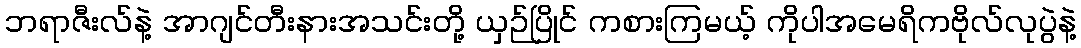
ဘရာဇီးလ်နဲ့ အာဂျင်တီးနားအသင်းတို့ ယှဉ်ပြိုင် ကစားကြမယ့် ကိုပါအမေရိကဗိုလ်လုပွဲနဲ့